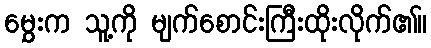
မွှေးက သူ့ကို မျက်စောင်းကြီးထိုးလိုက်၏။